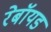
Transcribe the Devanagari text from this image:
रेबॉयड